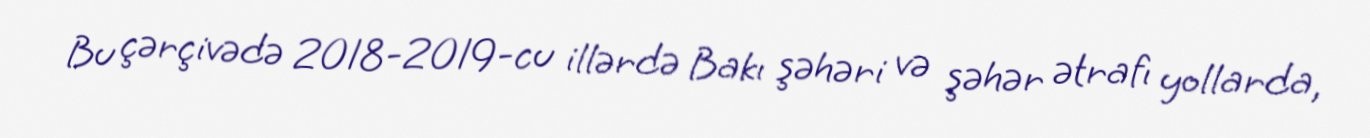
Bu çərçivədə 2018-2019-cu illərdə Bakı şəhəri və şəhər ətrafı yollarda,